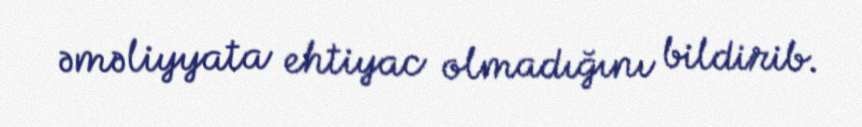
əməliyyata ehtiyac olmadığını bildirib.